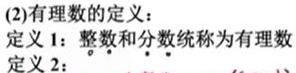
(2)有理数的定义：
定义1：整数和分数统称为有理数。
定义2：  。